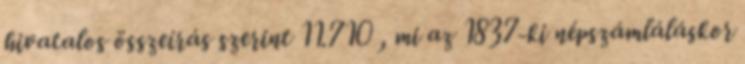
hivatalos összeírás szerint 11.710 , mi az 1837-ki népszámláláskor